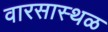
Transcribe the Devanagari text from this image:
वारसास्थळ